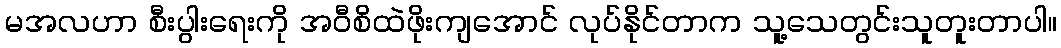
မအလဟာ စီးပွါးရေးကို အဝီစိထဲဖိုးကျအောင် လုပ်နိုင်တာက သူ့သေတွင်းသူတူးတာပါ။